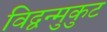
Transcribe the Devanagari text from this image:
विद्वन्मुकुट